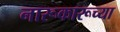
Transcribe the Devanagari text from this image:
नारूकारूच्या